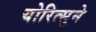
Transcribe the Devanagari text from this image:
योरित्सुने